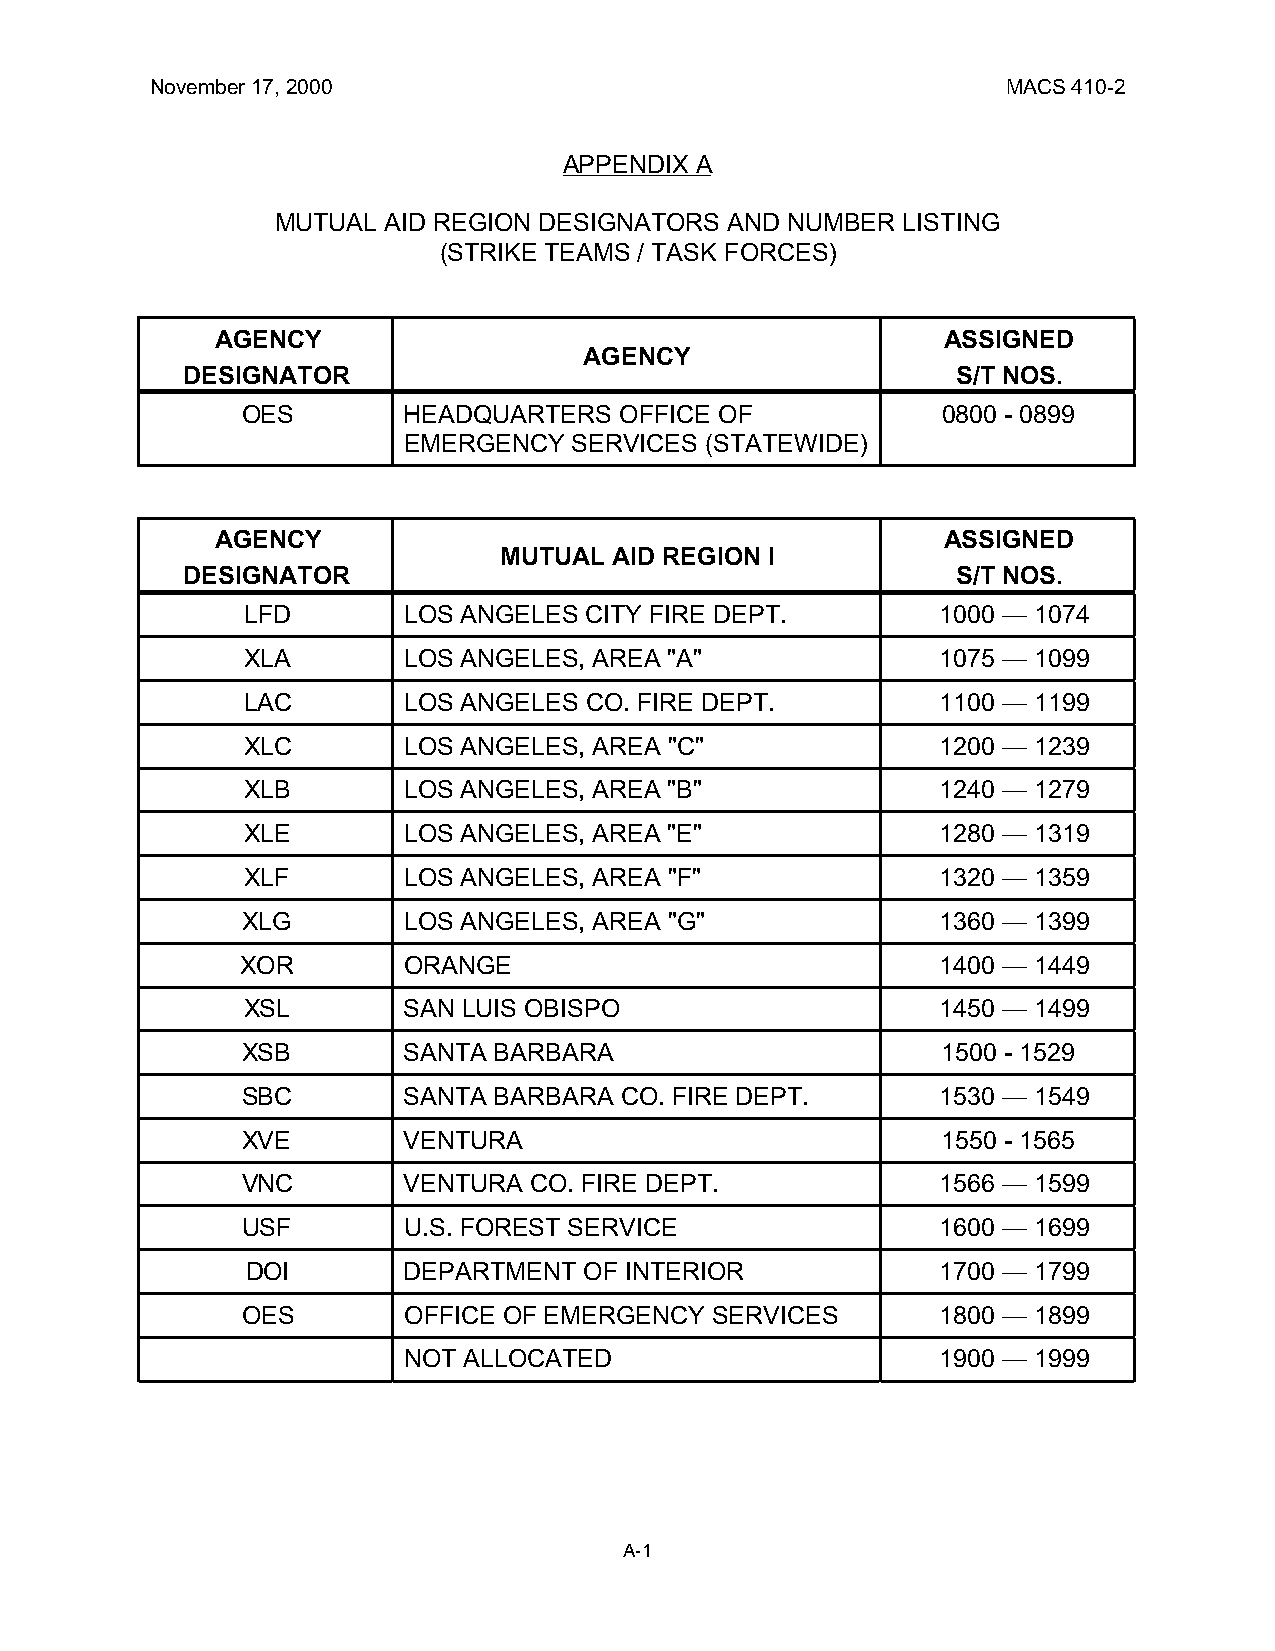
November 17, 2000                                        MACS 410-2
 APPENDIX A
 MUTUAL AID REGION DESIGNATORS AND NUMBER  LISTING
 (STRIKE TEAMS / TASK FORCES)
 AGENCY                                          ASSIGNED
 AGENCY
 DESIGNATOR                                         S/T NOS.
 OES        HEADQUARTERS  OFFICE OF            0800 - 0899
 EMERGENCY  SERVICES (STATEWIDE)
 AGENCY                                          ASSIGNED
 MUTUAL  AID REGION I
 DESIGNATOR                                         S/T NOS.
 LFD        LOS ANGELES CITY FIRE DEPT.        1000 — 1074
 XLA        LOS ANGELES, AREA "A"              1075 — 1099
 LAC        LOS ANGELES CO. FIRE DEPT.         1100 — 1199
 XLC        LOS ANGELES, AREA "C"              1200 — 1239
 XLB        LOS ANGELES, AREA "B"              1240 — 1279
 XLE        LOS ANGELES, AREA "E"              1280 — 1319
 XLF        LOS ANGELES, AREA "F"              1320 — 1359
 XLG        LOS ANGELES, AREA "G"              1360 — 1399
 XOR        ORANGE                             1400 — 1449
 XSL        SAN LUIS OBISPO                    1450 — 1499
 XSB        SANTA BARBARA                      1500 - 1529
 SBC        SANTA BARBARA CO. FIRE DEPT.       1530 — 1549
 XVE        VENTURA                            1550 - 1565
 VNC        VENTURA CO. FIRE DEPT.             1566 — 1599
 USF        U.S. FOREST SERVICE                1600 — 1699
 DOI        DEPARTMENT  OF INTERIOR            1700 — 1799
 OES        OFFICE OF EMERGENCY SERVICES       1800 — 1899
 NOT ALLOCATED                      1900 — 1999
 A-1